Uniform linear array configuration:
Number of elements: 8
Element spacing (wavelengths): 0.25
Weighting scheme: hamming
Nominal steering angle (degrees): -30
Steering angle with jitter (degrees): -30.833
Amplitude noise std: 0.05
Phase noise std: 0.05

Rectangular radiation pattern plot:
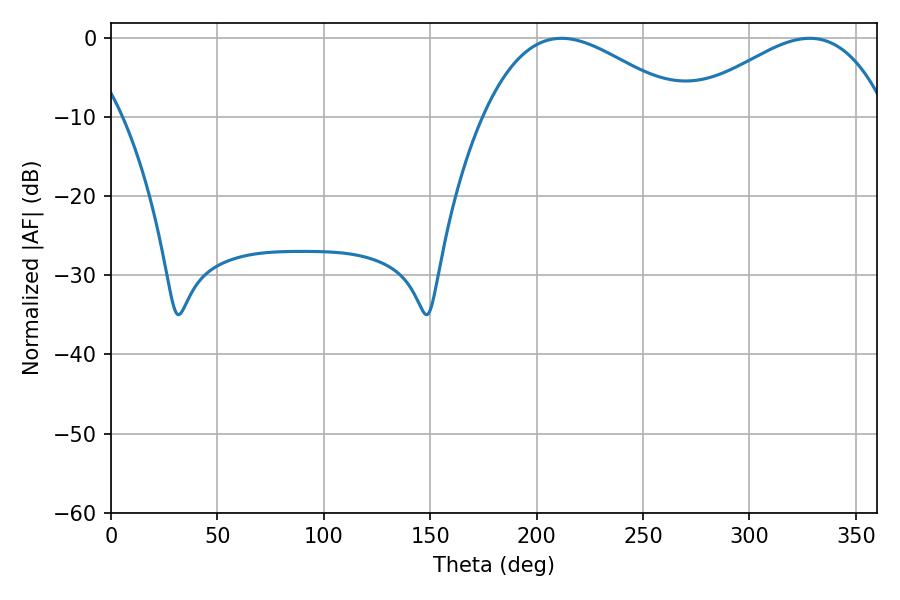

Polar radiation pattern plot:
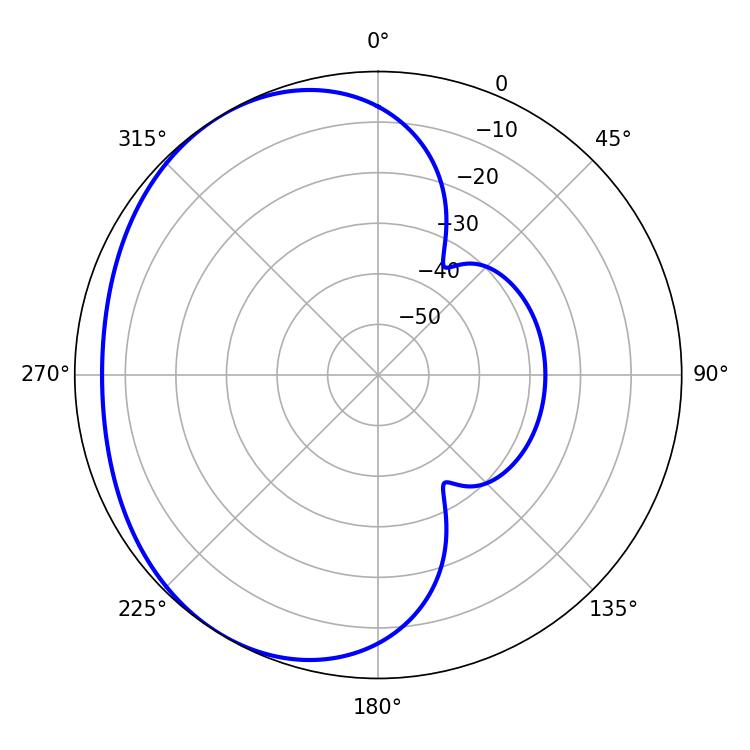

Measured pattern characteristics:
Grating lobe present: FALSE
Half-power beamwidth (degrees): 51.66
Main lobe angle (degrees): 211.68